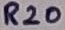
Text: R20